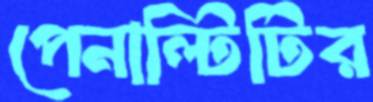
পেনাল্টিটির